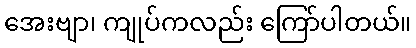
အေးဗျာ၊ ကျုပ်ကလည်း ကြော်ပါတယ်။